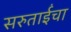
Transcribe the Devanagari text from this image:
सरुताईंचा